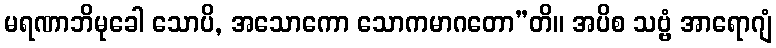
မရဏာဘိမုခေါ သောပိ, အသောကော သောကမာဂတော”တိ။ အပိစ သဗ္ဗံ အာရောဂျံ